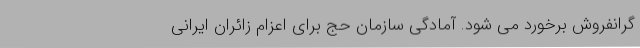
گرانفروش برخورد می شود. آمادگی سازمان حج برای اعزام زائران ایرانی